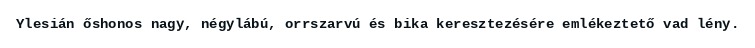
Ylesián őshonos nagy, négylábú, orrszarvú és bika keresztezésére emlékeztető vad lény.